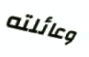
وعائلته